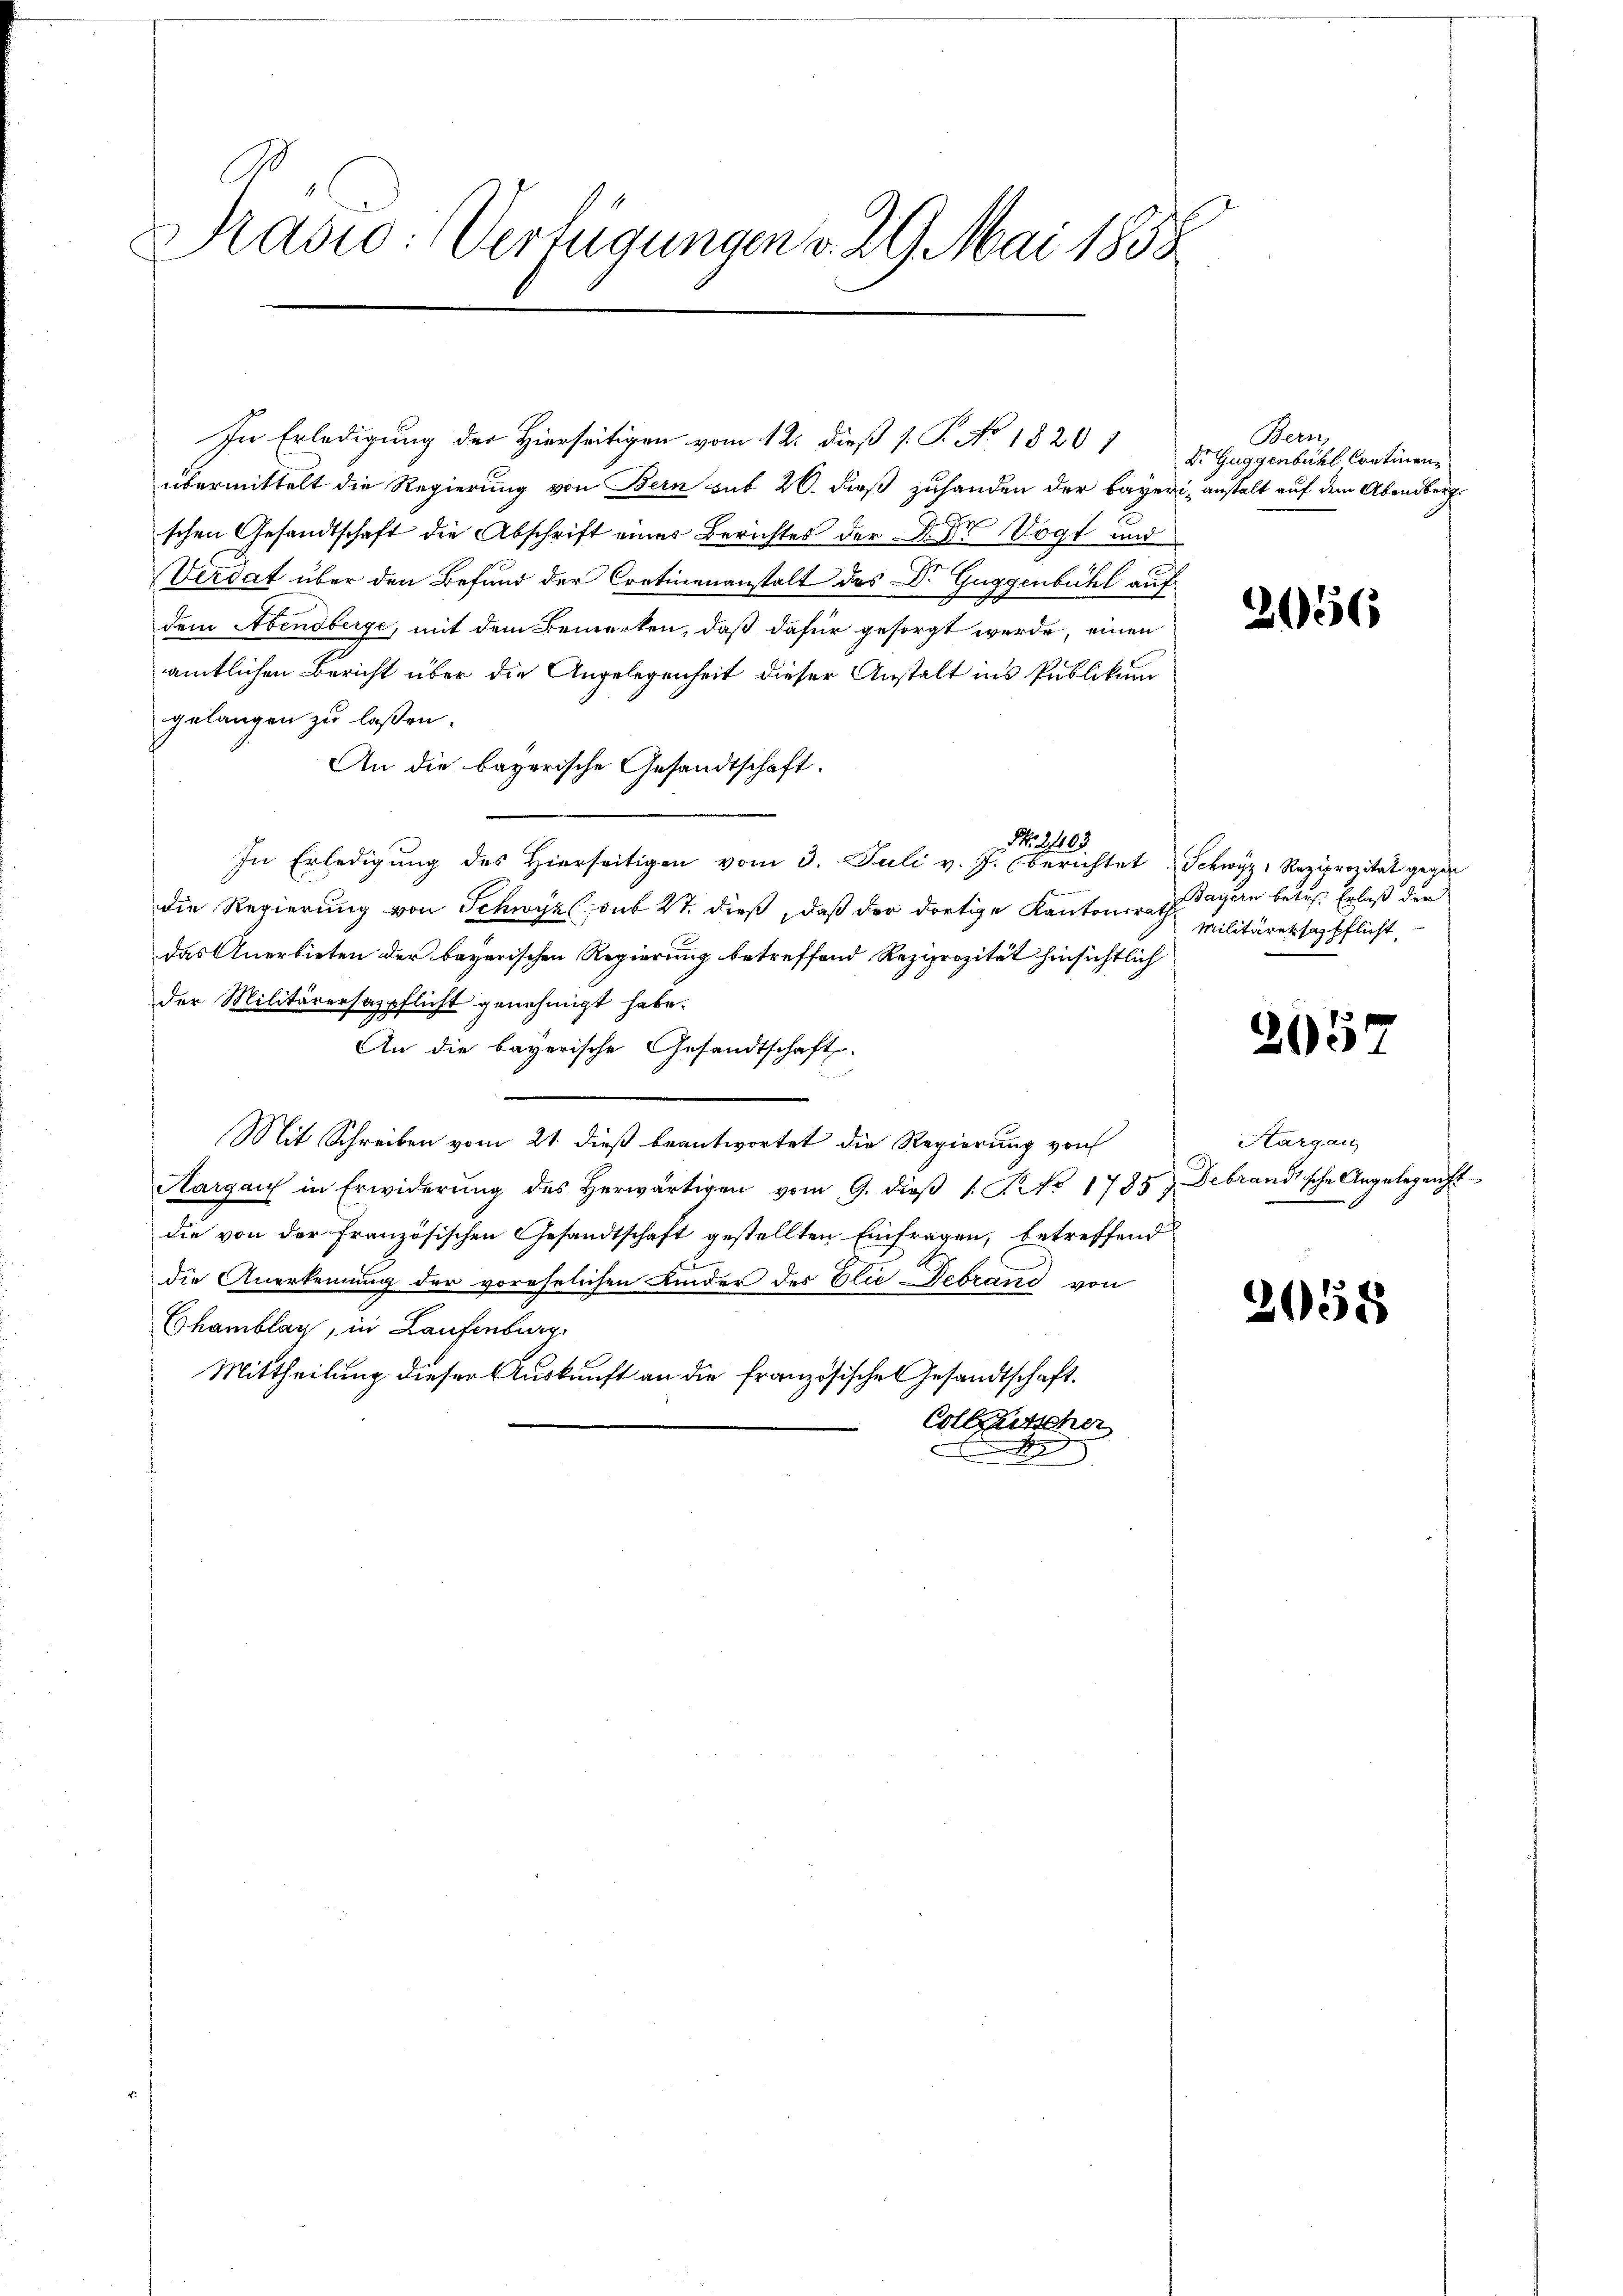
Prasio: Verfügungen v. 29. Mai 1858

In Erledigung der Hierseitigen vom 12. dieß s. P. No. 1820 1
übermittelt die Regierung von Bern sub 20. dieß zuhanden der Bayeri, anstalt auf dem Abendberg
schen Gesandtschaft die Abschrift eines Berichtes der D. Dr Vogt und
Verdat über den Befund der Cretinenanstalt des DDr. Guggenbühl auf
dem Abendberge, mit dem Bemerken, daß dafür gesorgt werde, einen
amtlichen Bericht über die Angelegenheit dieser Anstalt ins Publikum
gelangen zu laßen.
An die bayerische Gesandtschaft.
No. 2103
In Erledigung des Hierseitigen vom 3. Juli v. J. berichtet Schwyz, Reziprozität gegen
die Regierung von Schwyz sub 27. dieß, daß der dortige Kantonsrath
das Anerbieten der bayerischen Regierung betreffend Reziprozität hinsichtlich
der Militärersagpflicht genehmigt habe.
An die bayerische Gesandtschaft
Mit Schreiben vom 21. dieß beantwortet die Regierung von
Aargau in Erwiderŭng des herwärtigen vom 9. dieβ 1. No. 1785. Gebrand sche Angelegenst
die von der französischen Gesandtschaft gestellten Einfragen, betreffend
die Anerkennung der vorehelichen Kinder des Elie Debrand von
Chamblag, in Laufenburg,
Mittheilung dieser Auskunft an die französische Gesandtschaft.
Colletscher
e

Bern,
Dr. Guggenbühl Continen

656

Bayern betr. Erlaß der
Militäretsazpflicht

2057

Aargau

258